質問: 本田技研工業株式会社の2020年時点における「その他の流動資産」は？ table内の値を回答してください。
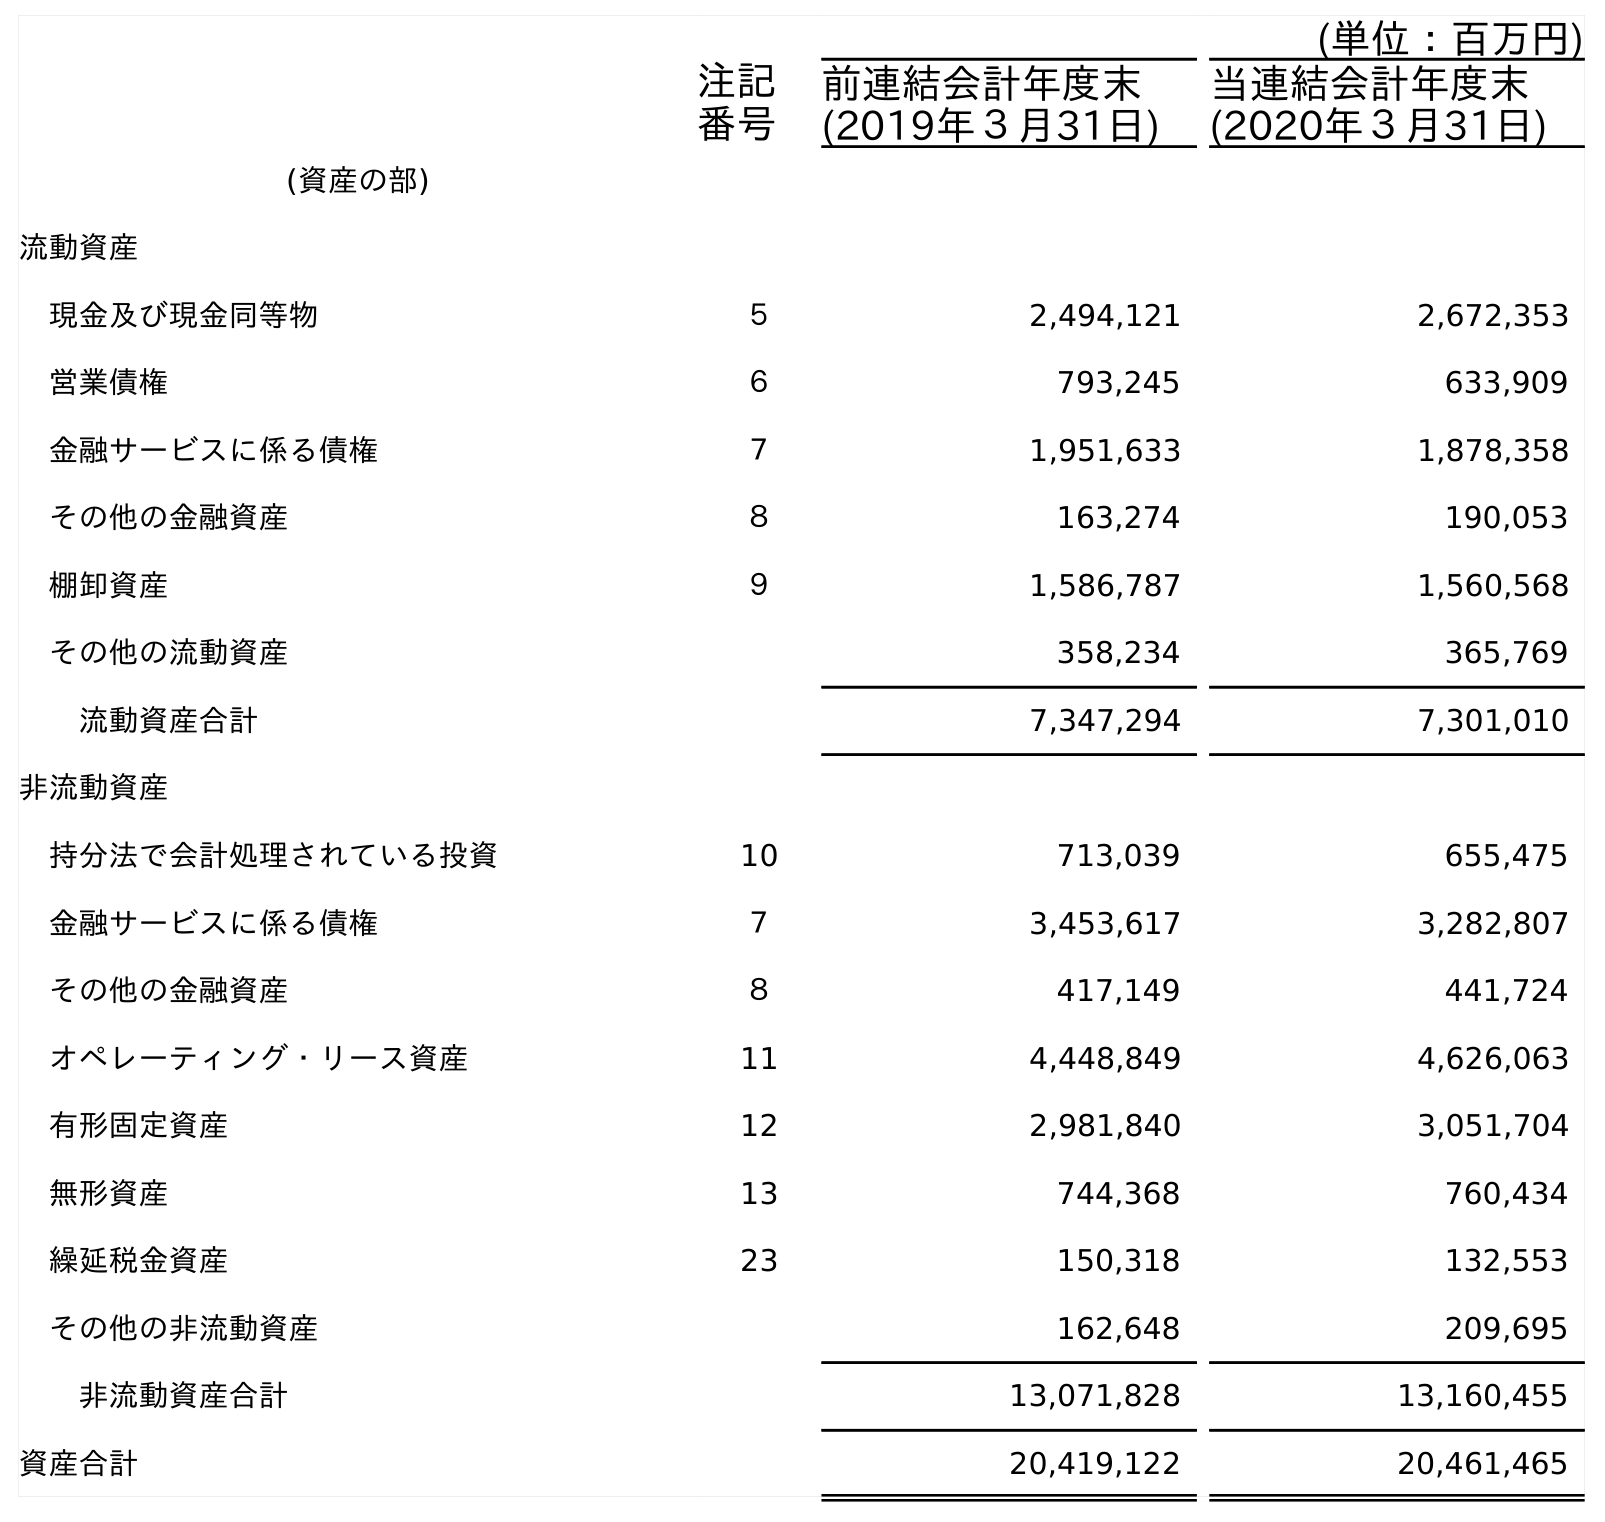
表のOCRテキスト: (単位：百万円) 注記 番号 前連結会計年度末 (2019年３月31日) 当連結会計年度末 (2020年３月31日) (資産の部) 流動資産 現金及び現金同等物 ５ 2,494,121 2,672,353 営業債権 ６ 793,245 633,909 金融サービスに係る債権 ７ 1,951,633 1,878,358 その他の金融資産 ８ 163,274 190,053 棚卸資産 ９ 1,586,787 1,560,568 その他の流動資産 358,234 365,769 流動資産合計 7,347,294 7,301,010 非流動資産 持分法で会計処理されている投資 10 713,039 655,475 金融サービスに係る債権 ７ 3,453,617 3,282,807 その他の金融資産 ８ 417,149 441,724 オペレーティング・リース資産 11 4,448,849 4,626,063 有形固定資産 12 2,981,840 3,051,704 無形資産 13 744,368 760,434 繰延税金資産 23 150,318 132,553 その他の非流動資産 162,648 209,695 非流動資産合計 13,071,828 13,160,455 資産合計 20,419,122 20,461,465
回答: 365,769